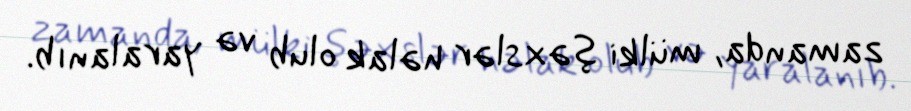
zamanda, mülki şəxslər həlak olub və yaralanıb.